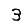
Digit: 3